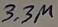
Text: 3.3µ